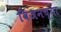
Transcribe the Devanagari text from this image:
विजनच्या